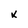
Character: k